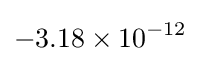
-3.18\times 10^{-12}